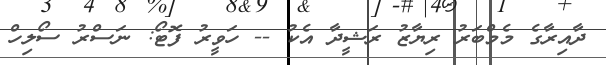
ދާއިރާގެ މެމްބަރު ރިޔާޒު ރަޝީދާ އެކު -- ހަވީރު ފޮޓޯ: ނަސްރު ސޯލިހް